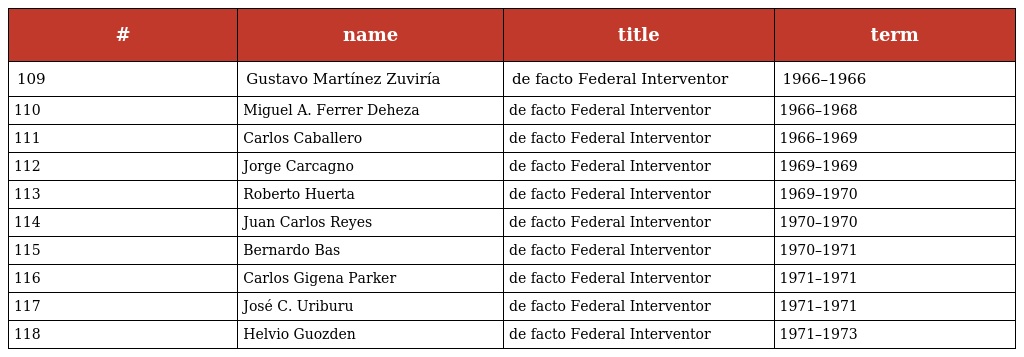
| # | name | title | term |
 | --- | --- | --- | --- |
 | 109 | Gustavo Martínez Zuviría | de facto Federal Interventor | 1966–1966 |
 | 110 | Miguel A. Ferrer Deheza | de facto Federal Interventor | 1966–1968 |
 | 111 | Carlos Caballero | de facto Federal Interventor | 1966–1969 |
 | 112 | Jorge Carcagno | de facto Federal Interventor | 1969–1969 |
 | 113 | Roberto Huerta | de facto Federal Interventor | 1969–1970 |
 | 114 | Juan Carlos Reyes | de facto Federal Interventor | 1970–1970 |
 | 115 | Bernardo Bas | de facto Federal Interventor | 1970–1971 |
 | 116 | Carlos Gigena Parker | de facto Federal Interventor | 1971–1971 |
 | 117 | José C. Uriburu | de facto Federal Interventor | 1971–1971 |
 | 118 | Helvio Guozden | de facto Federal Interventor | 1971–1973 |